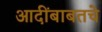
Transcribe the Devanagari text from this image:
आदींबाबतचे